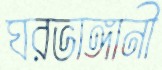
ঘরভাঙ্গানী